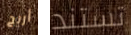
أريح تستند